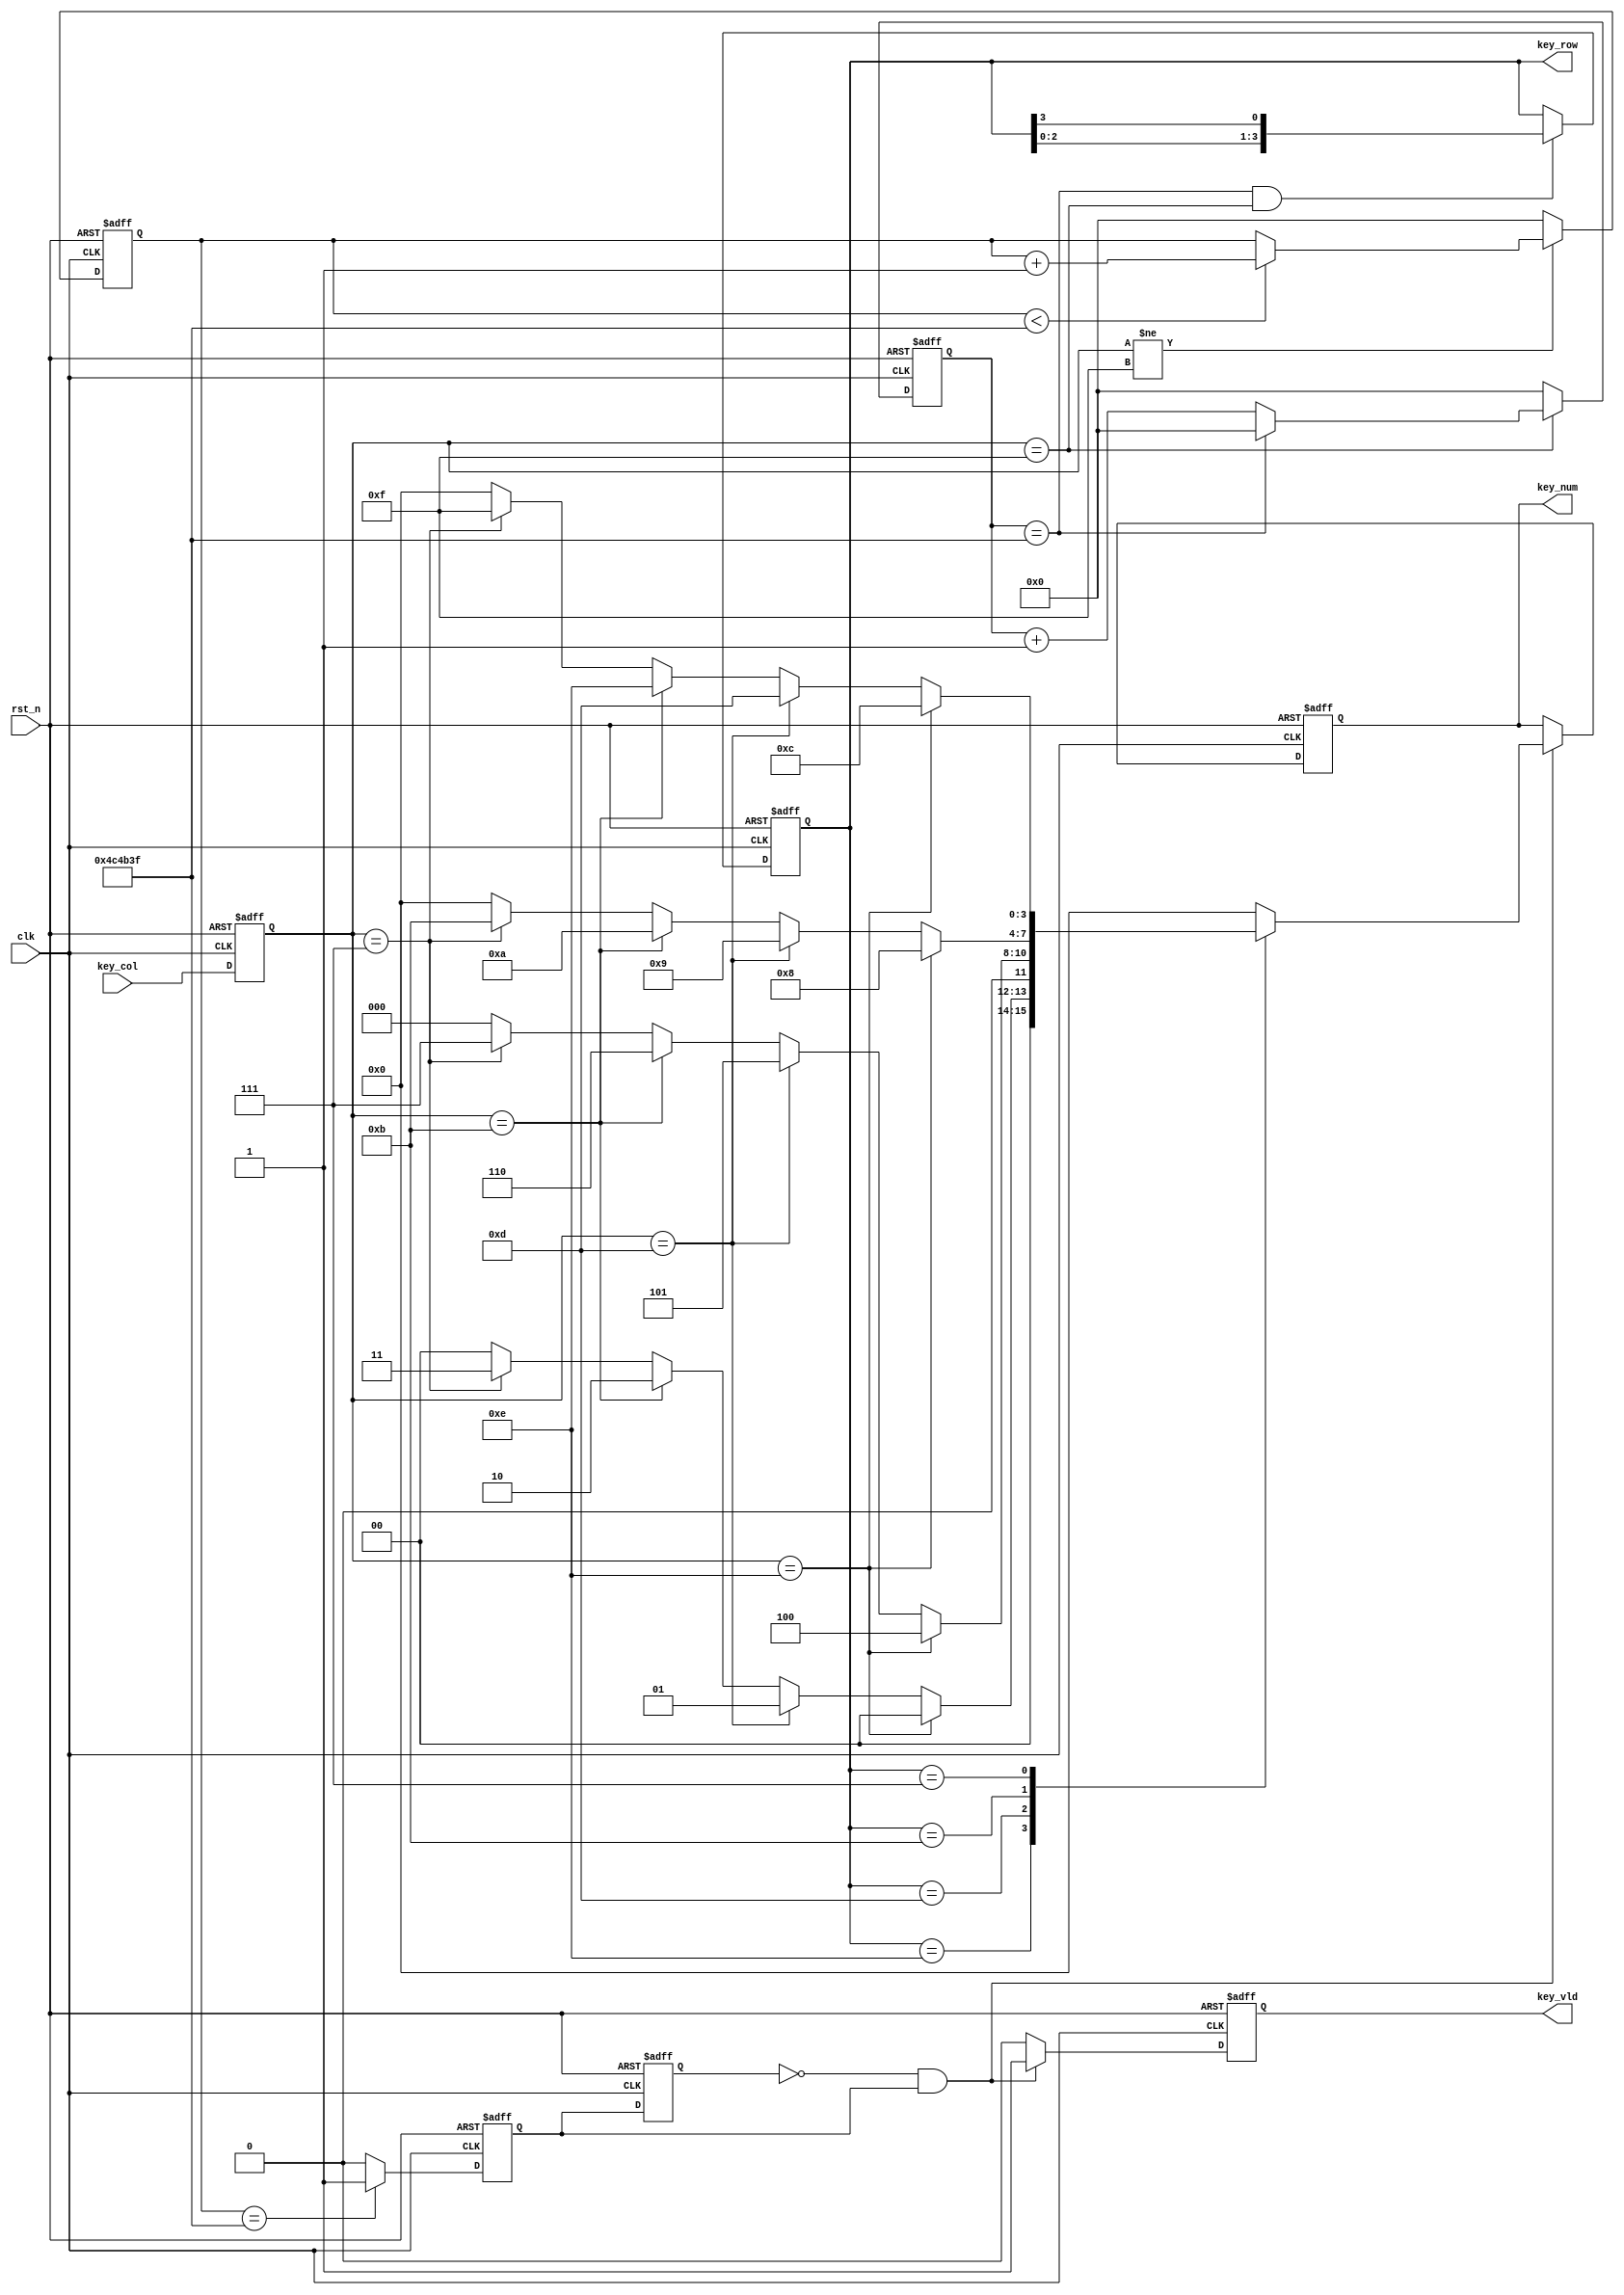
module array_key (
	clk ,
	rst_n ,
	key_col ,
	key_row ,
	key_num ,
	key_vld 
);

input clk ;
input rst_n ;
input [ 3:0] key_col ;
output[ 3:0] key_row ;
output[ 3:0] key_num ;
output key_vld;

reg[ 3:0] key_row ;
reg[ 3:0] key_num ;
reg key_vld;

reg[3:0] key_col_r ;

always@(posedge clk or negedge rst_n)begin
    if(rst_n==1'b0)begin
        key_col_r<=4'hf;
    end
    else  begin
        key_col_r <= key_col;
    end
end

parameter TIME_20ms = 5_000_000 ;
reg[23:0] cnt_20ms;

always @(posedge clk or negedge rst_n)begin
    if(!rst_n)begin
        cnt_20ms <= 0;
    end
    else if( key_col_r!=4'hf ) begin
        if(  cnt_20ms<TIME_20ms-1) cnt_20ms <= cnt_20ms + 1;
    end
	else cnt_20ms <= 0;
end	

reg key_flag,key_flagr;

always@(posedge clk or negedge rst_n)begin
    if(rst_n==1'b0)begin
        key_flag<=0;
    end
    else if(cnt_20ms == TIME_20ms-1) begin
        key_flag<=1;
    end
	else  key_flag<=0;
end
always@(posedge clk or negedge rst_n)begin
    if(rst_n==1'b0)begin
        key_flagr<=0;
    end
    else begin
        key_flagr<=key_flag;
    end
end
wire key_en;
assign key_en =~key_flagr&key_flag;

parameter TIME_1ms = 5_000_000 ;
reg[23:0] cnt_1ms;

always @(posedge clk or negedge rst_n)begin
    if(!rst_n)begin
        cnt_1ms <= 0;
    end
    else if( key_col_r==4'hf ) begin
        if( cnt_1ms==TIME_1ms-1) cnt_1ms <= 0;
        else cnt_1ms <= cnt_1ms + 1;
    end
	else cnt_1ms <= 0;
end

always@(posedge clk or negedge rst_n)begin
    if(rst_n==1'b0)begin
        key_row<=4'he;
    end
    else if(cnt_1ms==TIME_1ms-1 && key_col_r==4'hf) begin
        key_row<={key_row[2:0],key_row[3]};
    end
end

always@(posedge clk or negedge rst_n)begin
    if(rst_n==1'b0)begin
        key_num<=0 ;
    end
    else if(key_en) begin
        case( key_row )
          	4'b1110 : if(key_col_r==4'he) key_num<=0 ;
					  else if(key_col_r==4'hd) key_num<=1 ;
					  else if(key_col_r==4'hb) key_num<=2 ;
					  else if(key_col_r==4'h7) key_num<=3 ;
					  else key_num<=0 ;
          	4'b1101 : if(key_col_r==4'he) key_num<=4 ;
					  else if(key_col_r==4'hd) key_num<=5 ;
					  else if(key_col_r==4'hb) key_num<=6 ;
					  else if(key_col_r==4'h7) key_num<=7 ;
					  else key_num<=0 ;
			4'b1011 : if(key_col_r==4'he) key_num<=8 ;
					  else if(key_col_r==4'hd) key_num<=9 ;
					  else if(key_col_r==4'hb) key_num<=10 ;
					  else if(key_col_r==4'h7) key_num<=11 ;
					  else key_num<=0 ;
			4'b0111 : if(key_col_r==4'he) key_num<=12 ;
					  else if(key_col_r==4'hd) key_num<=13 ;
					  else if(key_col_r==4'hb) key_num<=14 ;
					  else if(key_col_r==4'h7) key_num<=15 ;
					  else key_num<=0 ;
          	default: key_num<=0 ;
        endcase
    end    
end

always@(posedge clk or negedge rst_n)begin
    if(rst_n==1'b0)begin
        key_vld<=0;
    end
    else if(key_en) begin
        key_vld<=1;
    end
	else key_vld<=0;
end

endmodule